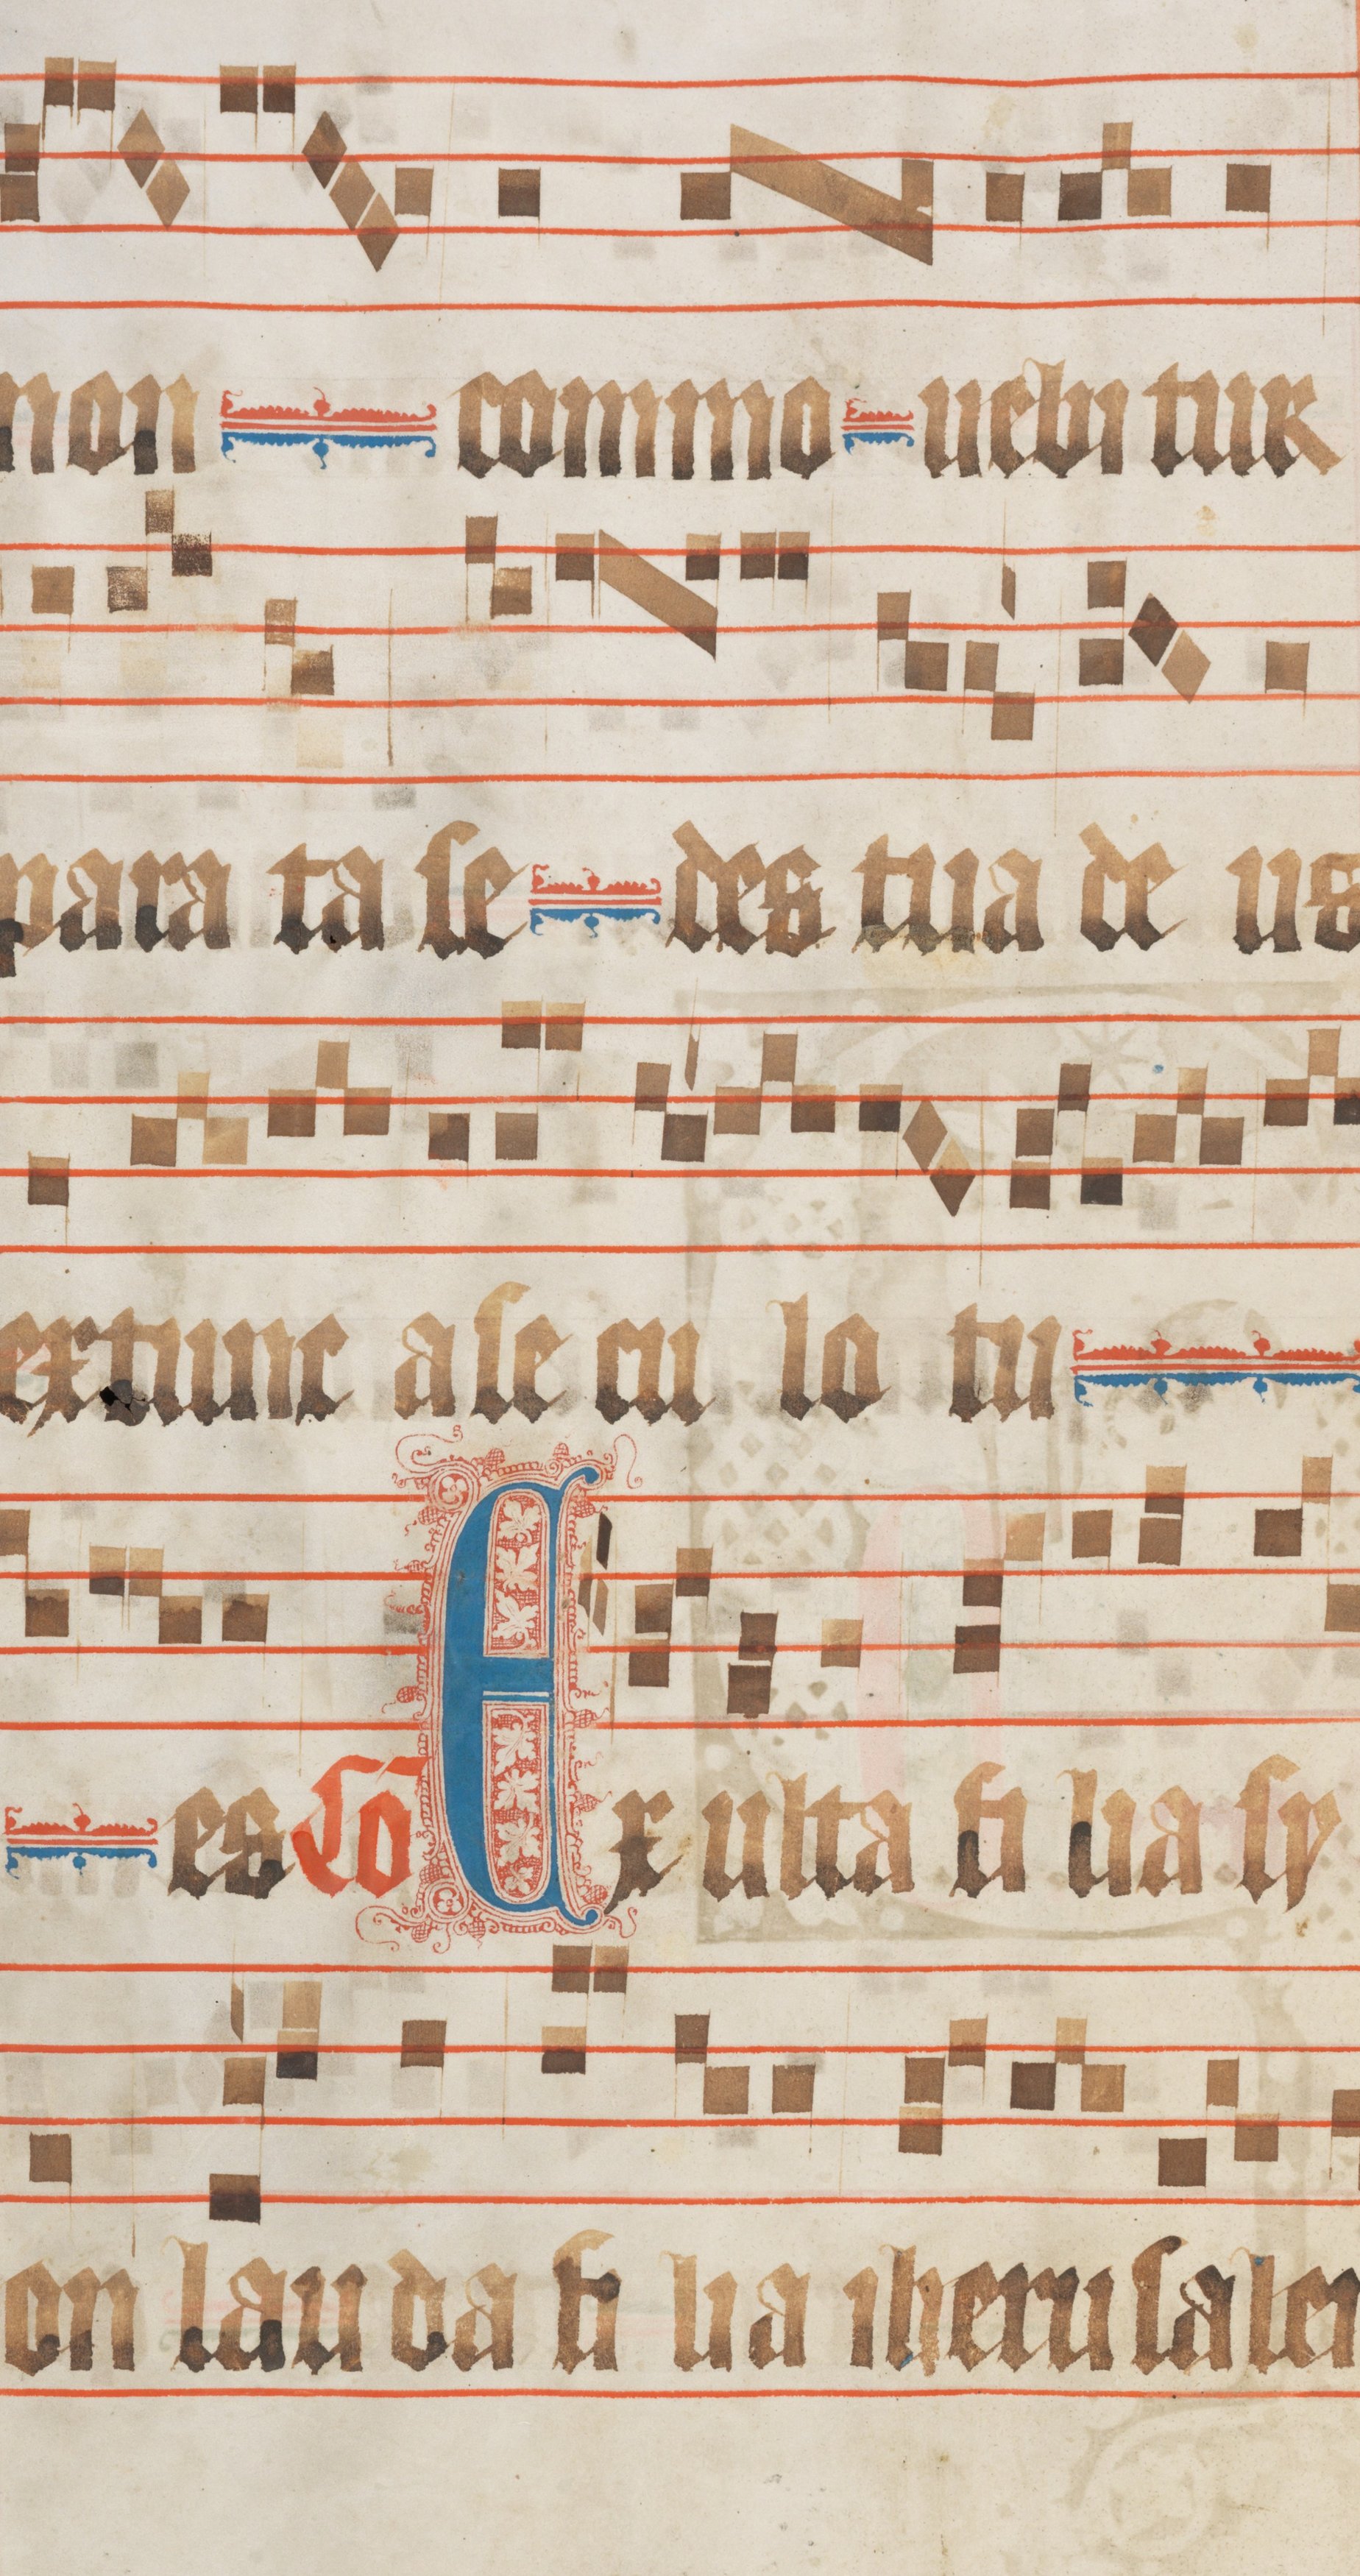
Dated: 1330–1335